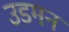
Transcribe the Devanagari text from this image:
उडमन